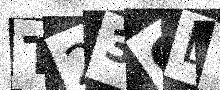
Text: T23GDU